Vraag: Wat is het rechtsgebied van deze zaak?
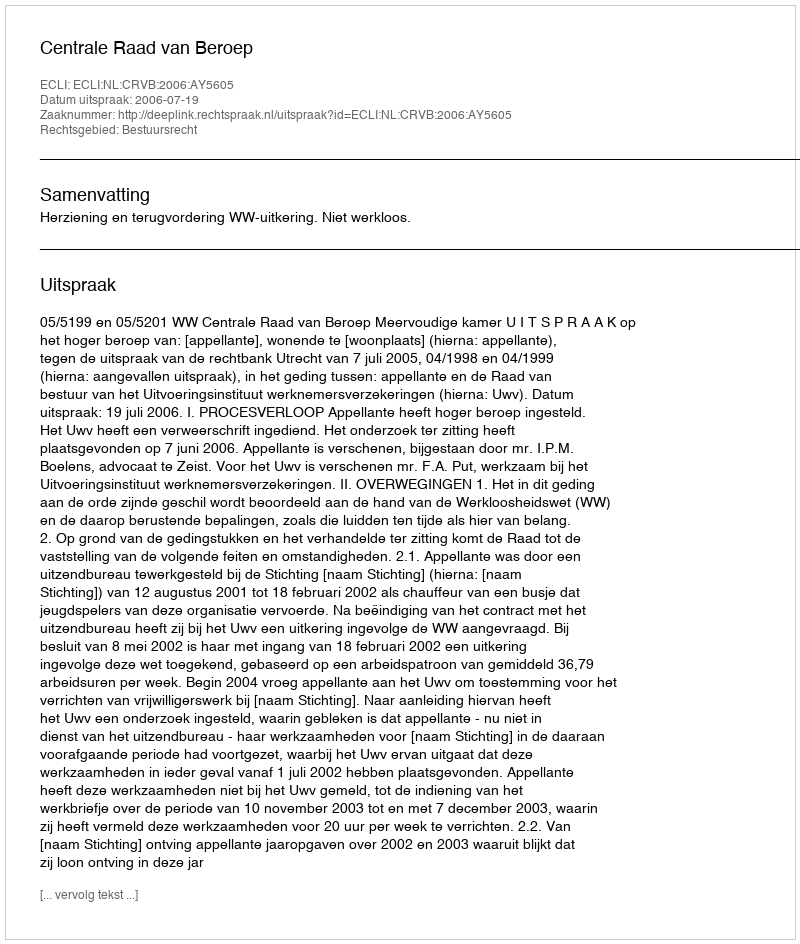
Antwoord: Bestuursrecht